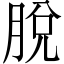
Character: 脫